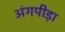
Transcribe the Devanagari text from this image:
अंगपीड़ा